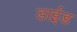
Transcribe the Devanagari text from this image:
डाईड